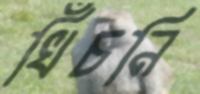
খিঁচনি